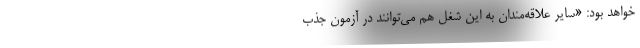
خواهد بود: «سایر علاقه‌مندان به این شغل هم می‌توانند در آزمون جذب